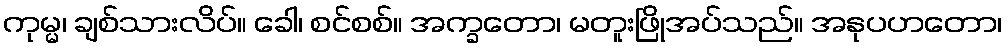
ကုမ္မ၊ ချစ်သားလိပ်။ ခေါ၊ စင်စစ်။ အက္ခတော၊ မတူးဖြိုအပ်သည်။ အနုပဟတော၊